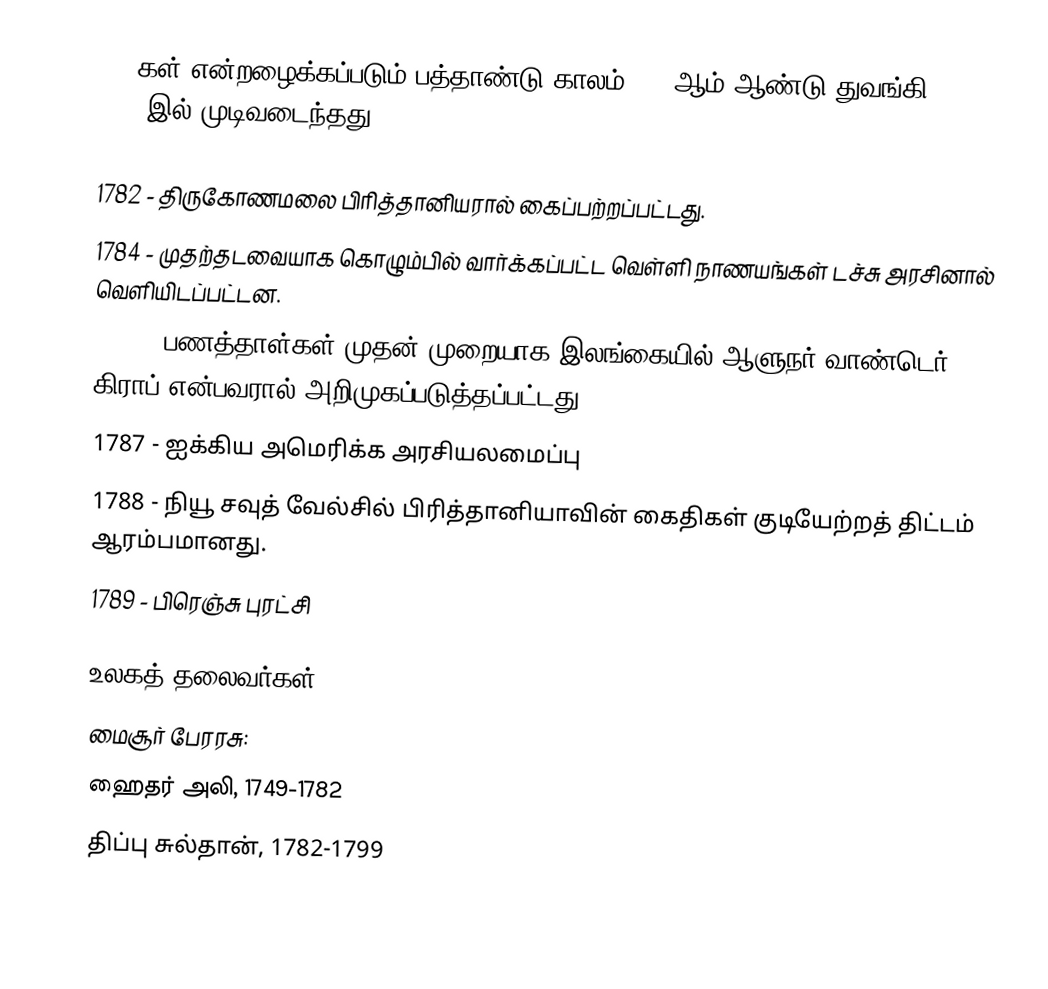
1780கள் என்றழைக்கப்படும் பத்தாண்டு காலம் 1780ஆம் ஆண்டு துவங்கி 1789-இல் முடிவடைந்தது.

 1782 - திருகோணமலை பிரித்தானியரால் கைப்பற்றப்பட்டது.
 1784 - முதற்தடவையாக கொழும்பில் வார்க்கப்பட்ட வெள்ளி நாணயங்கள் டச்சு அரசினால் வெளியிடப்பட்டன.
 1785 - பணத்தாள்கள் முதன் முறையாக இலங்கையில் ஆளுநர் வாண்டெர் கிராப் என்பவரால் அறிமுகப்படுத்தப்பட்டது.
 1787 - ஐக்கிய அமெரிக்க அரசியலமைப்பு
 1788 - நியூ சவுத் வேல்சில் பிரித்தானியாவின் கைதிகள் குடியேற்றத் திட்டம் ஆரம்பமானது.
 1789 - பிரெஞ்சு புரட்சி

உலகத் தலைவர்கள்
 மைசூர் பேரரசு:
 ஹைதர் அலி, 1749-1782
 திப்பு சுல்தான், 1782-1799